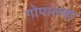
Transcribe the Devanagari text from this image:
गोपालका